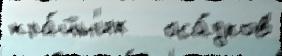
кра́йн'их   оса́дков